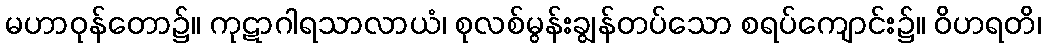
မဟာဝုန်တော၌။ ကုဋာဂါရသာလာယံ၊ စုလစ်မွန်းချွန်တပ်သော စရပ်ကျောင်း၌။ ဝိဟရတိ၊